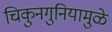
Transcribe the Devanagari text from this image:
चिकुनगुनियामुळे